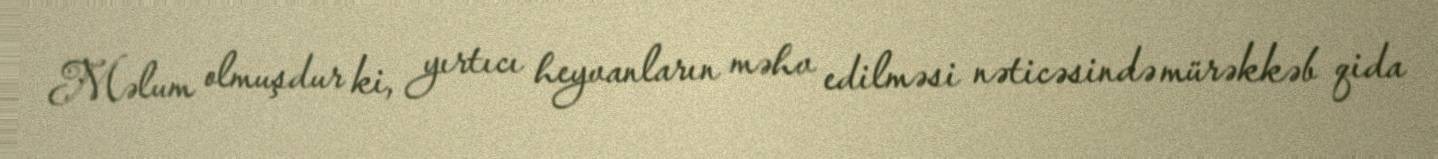
Məlum olmuşdur ki, yırtıcı heyvanların məhv edilməsi nəticəsində mürəkkəb qida